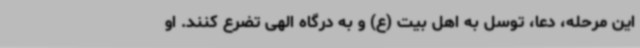
این مرحله، دعا، توسل به اهل بیت (ع) و به درگاه الهی تضرع کنند. او